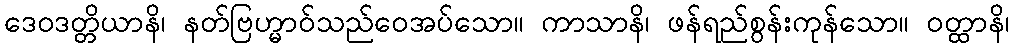
ဒေဝဒတ္တိယာနိ၊ နတ်ဗြဟ္မာဝ်သည်ဝေအပ်သော။ ကာသာနိ၊ ဖန်ရည်စွန်းကုန်သော။ ဝတ္ထာနိ၊